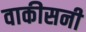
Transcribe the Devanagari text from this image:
वाकीसनी